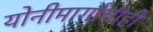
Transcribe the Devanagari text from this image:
योनीमार्गाचीही